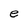
Character: e